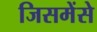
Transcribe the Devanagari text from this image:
जिसमेंसे